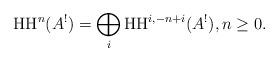
LaTeX: \begin{align*}\mathrm{HH}^n(A^!)=\bigoplus_{i} \mathrm{HH}^{i, -n+i}(A^!), n\geq 0.\end{align*}